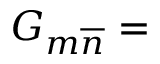
G _ { m \overline { { { n } } } } =